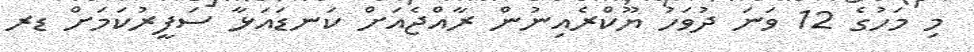
މި މަހުގެ 12 ވަނަ ދުވަހު ޔޫކްރެއިނުން ރާއްޖެއަށް ކަނޑައަޅާ ސަފީރުކަމަށް ޑރ